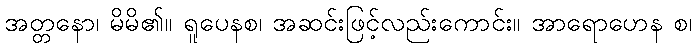
အတ္တနော၊ မိမိ၏။ ရူပေနစ၊ အဆင်းဖြင့်လည်းကောင်း။ အာရောဟေန စ၊